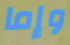
وإما